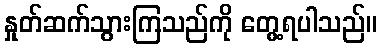
နှုတ်ဆက်သွားကြသည်ကို တွေ့ရပါသည်။